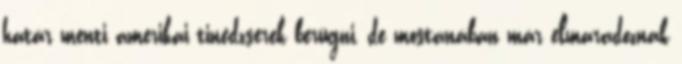
határ menti amerikai tinédzserek berúgni, de mostanában már elmaradoznak